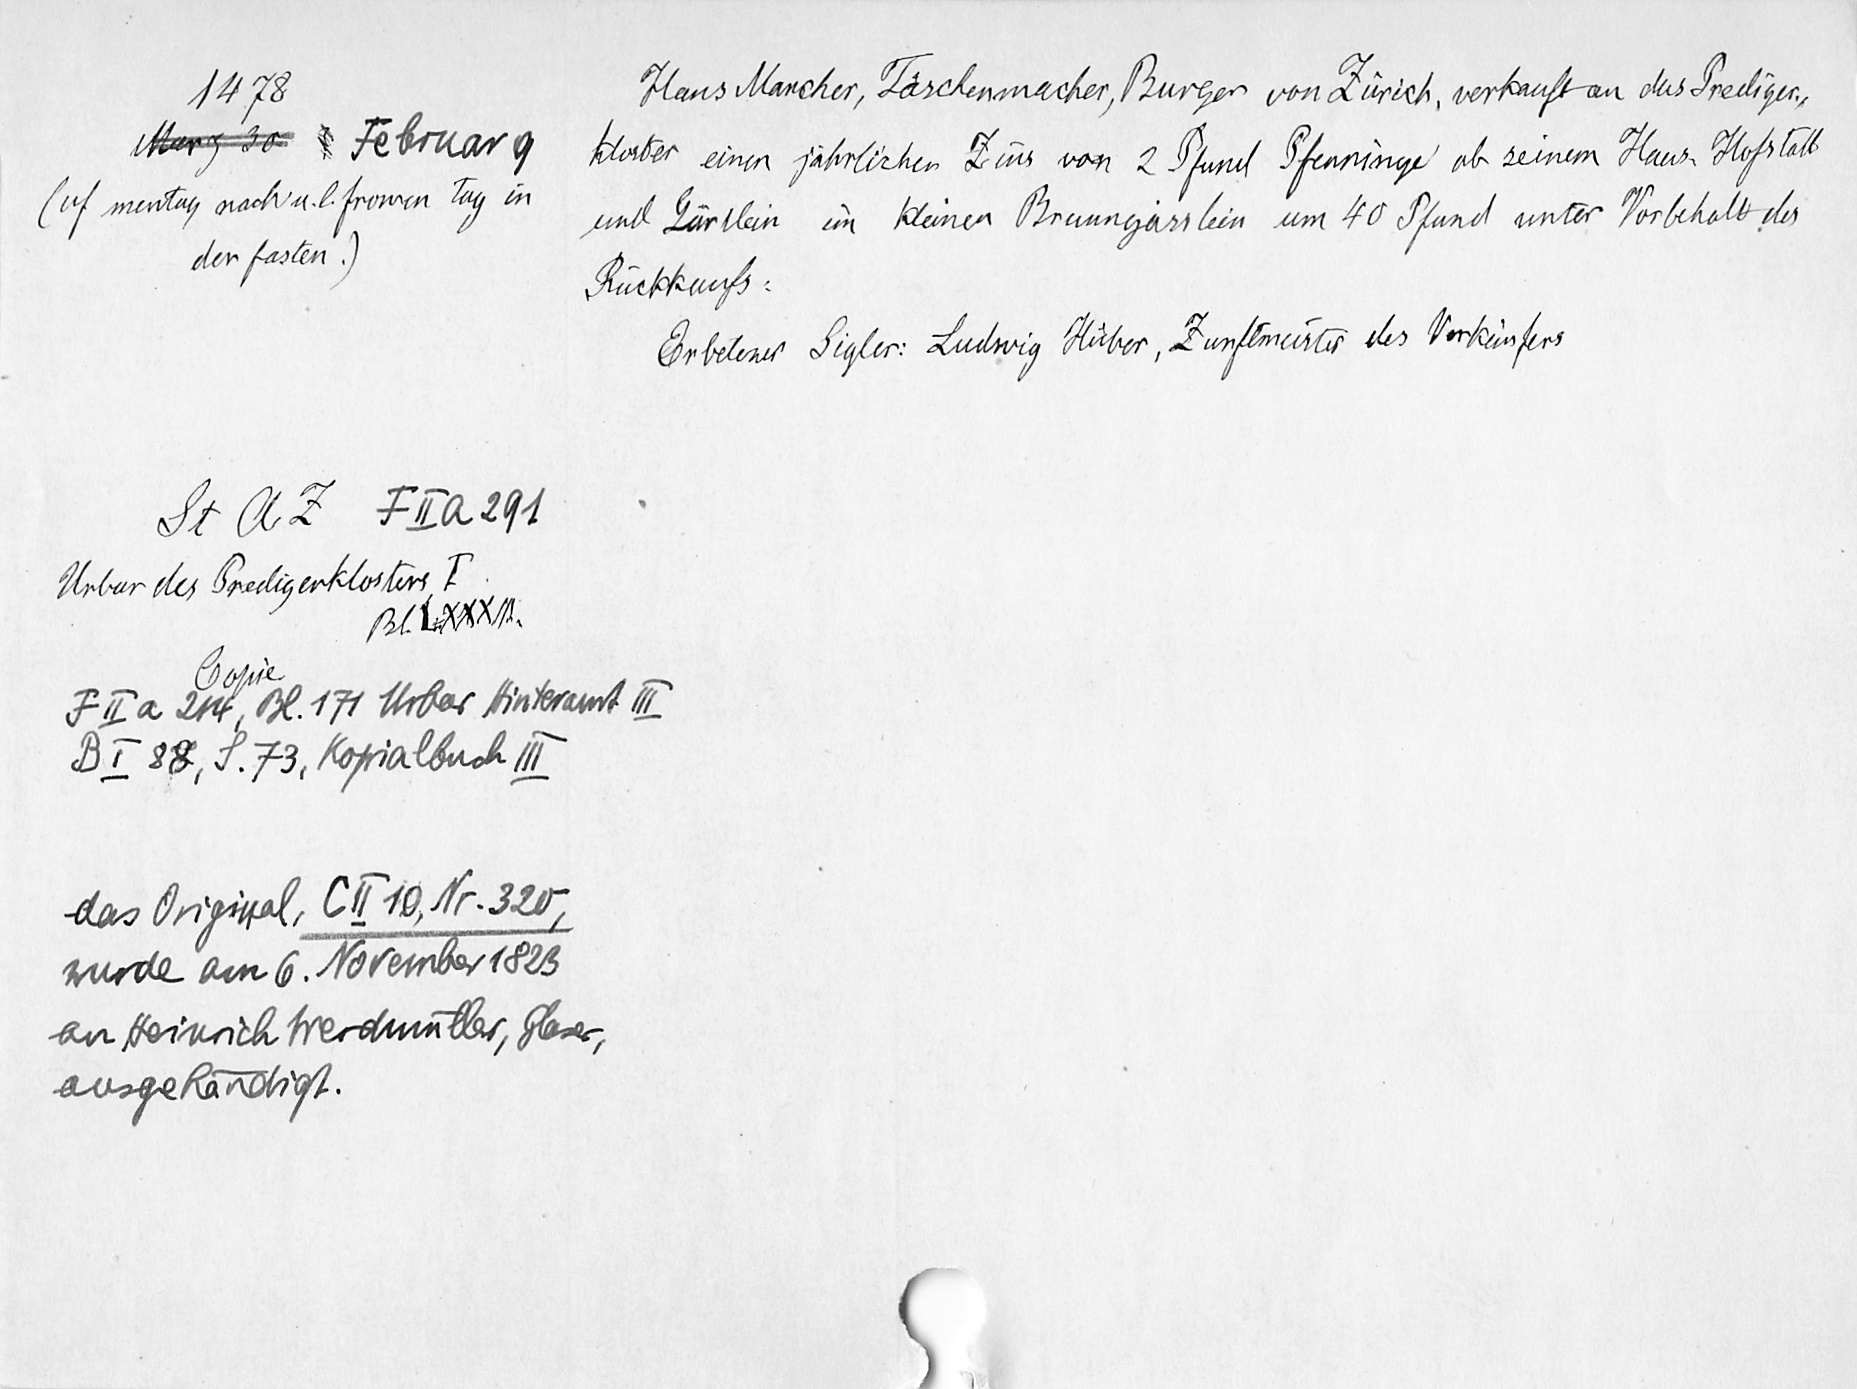
Hans Marcher, Täschenmacher, Burger von Zürich, verkauft an das Prediger¬
1478
Marz 30 Februar 9
kloster einen jährlichen Zins von 2 Pfund Pfenninge ab seinem Haus, Hofstatt
(uf mentag nach u. l. frowen tag in
und Gärtlein im kleinen Brunngässlein um 40 Pfund unter Vorbehalt des
der fasten.)
Rückkaufs.
Erbetener Sigler: Ludwig Huͤber, Zunftmeister des Verkäufers
St. A. Z. F II a 291
Urbar des Predigerklosters I.
Bl. LXXXIII.
Copie
FII a 214, Bl.171 Urbar Hinteramt III
BI. 88, S. 73, Kopialbuch III
das Original, C II 10, Nr. 320,
wurde am 6. November 1823
an Heinrich Werdmüller, Glaser,
ausgehändigt.